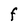
Character: F